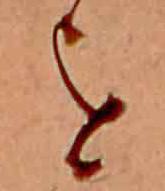
を